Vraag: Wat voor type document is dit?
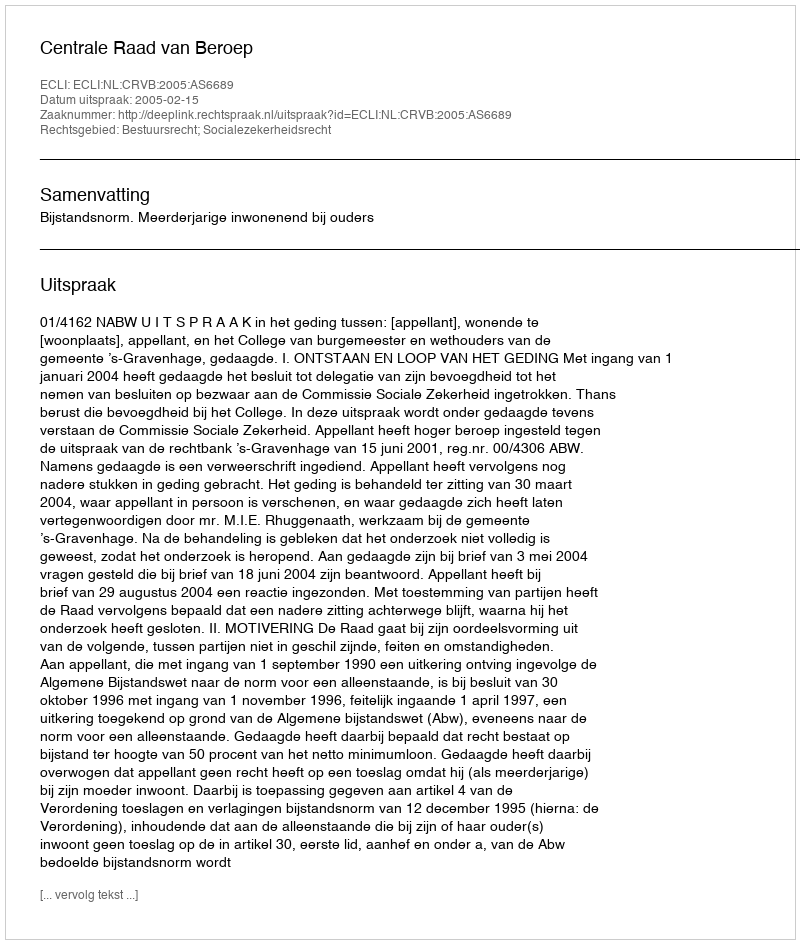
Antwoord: Uitspraak